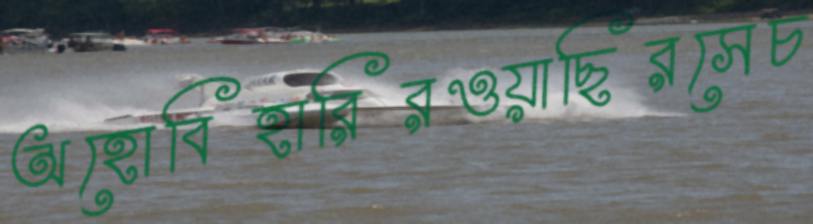
অহোবিহারিরওয়াছিরসেচ